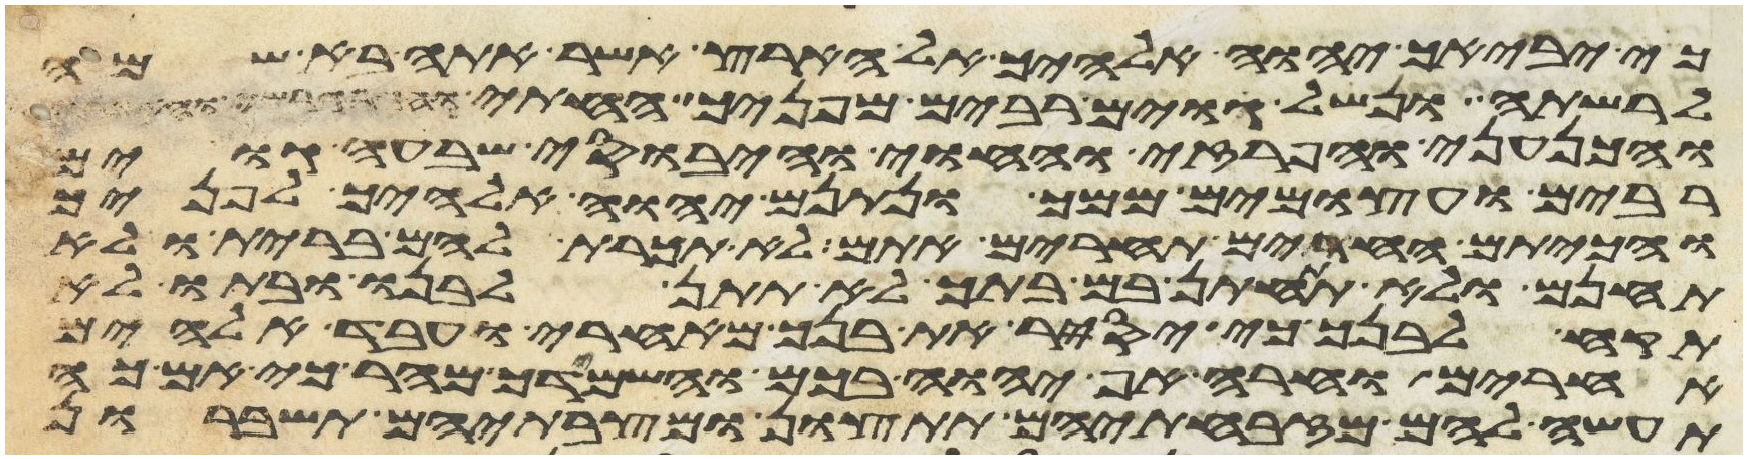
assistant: כי יביאך יהוה אלהיך אל הארץ אשר אתה בא שמה
לרשתה ונשל גוים רבים מפניך החתי והגרגשי והאמרי
והכנעני והפרזי והחוי והיבוסי שבעה גוים
רבים ועצמים ממך ונתנם יהוה אלהיך לפניך
והכיתם החרים תחרים אתם לא תכרת להם ברית ולא
תחנם ולא תתחתן בם בתך לא תתן לבנו ובתו לא
תקח לבנך כי יסיר את בנך מאחרי ועבד אלהים
אחרים וחרה אף יהוה בכם והשמידך מהר כי אם כה
תעשה להם מזבחתיהם תתצון ומצבתיהם תשברון